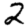
Digit: 2